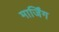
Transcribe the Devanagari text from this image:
मार्जिंग